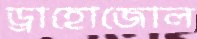
ড্রাহোজোল